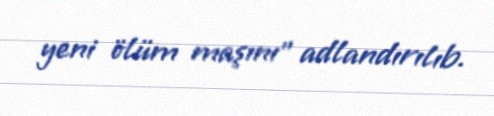
yeni ölüm maşını” adlandırılıb.